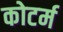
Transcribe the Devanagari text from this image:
कोटर्म